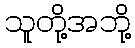
သူတို့အဘို့